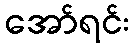
အော်ရင်း